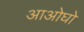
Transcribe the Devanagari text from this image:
आओघो